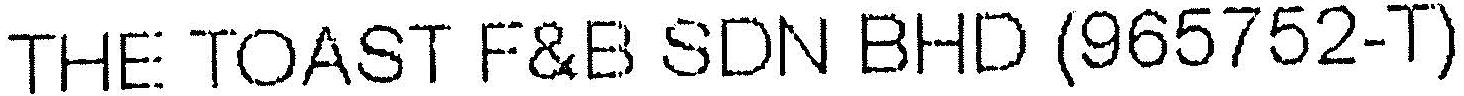
THE TOAST F&B SDN BHD (965752-T)